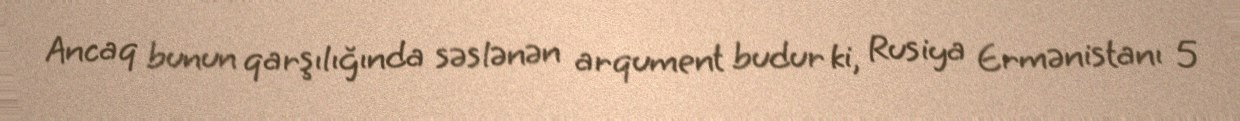
Ancaq bunun qarşılığında səslənən arqument budur ki, Rusiya Ermənistanı 5